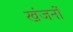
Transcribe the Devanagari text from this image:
खंजनों